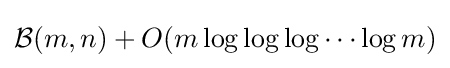
{\mathcal {B}}(m,n)+O(m\log \log \log \cdots \log m)